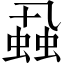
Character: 蝨